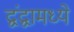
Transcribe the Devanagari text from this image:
द्वंद्वामध्ये